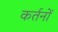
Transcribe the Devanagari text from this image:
कर्तनों